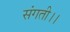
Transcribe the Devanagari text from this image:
संगती।।